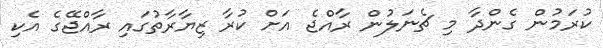
ކުރަމުން ގެންދާ މި ޗެނަލުން ރާއްޖެ އަށް ކުރާ ޒިޔާރާތުގައި ރާއްޖޭގެ އެކި